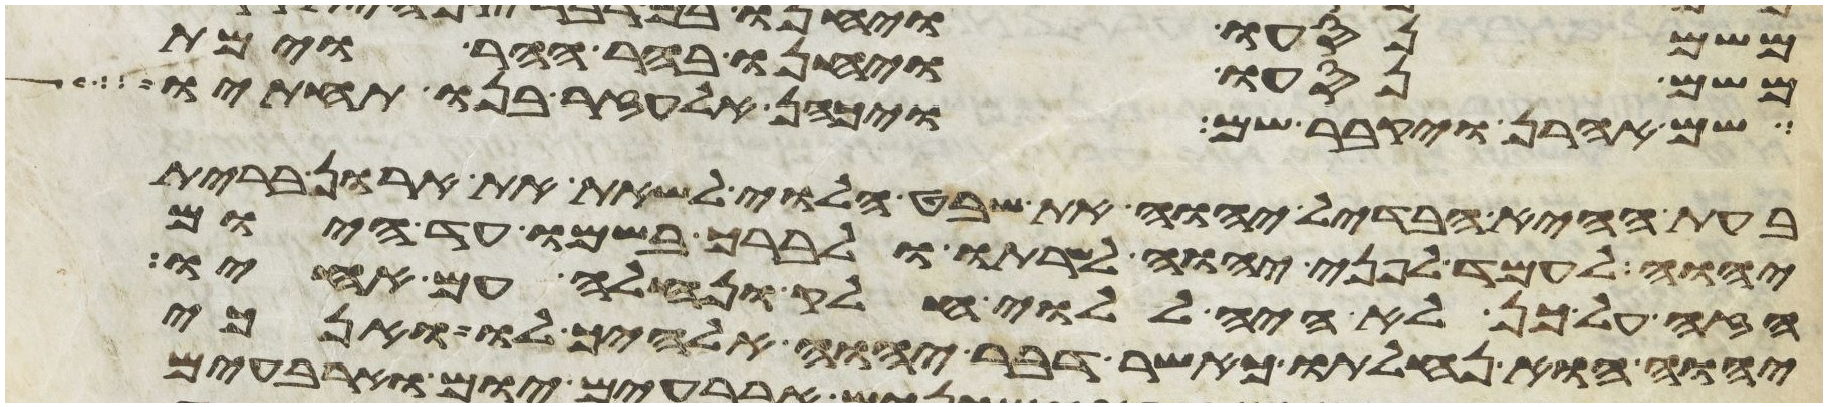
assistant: משם נסעו ויחנו בהר ההר וימת
שם אהרן ויקבר שם ויכהן אלעזר בנו תחתיו
בעת ההיא הבדיל יהוה את שבט הלוי לשאת את ארון ברית
יהוה לעמד לפני יהוה לשרתו ולברך בשמו עד היום
הזה על כן לא היה ללוי חלק ונחלה עם אחיו
יהוה הוא נחלתו כאשר דבר יהוה אלהיך לו ואנכי